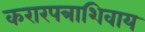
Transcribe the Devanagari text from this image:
करारपत्राशिवाय